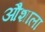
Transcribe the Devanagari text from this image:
औशाला